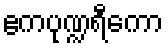
ဧကပုဏ္ဍရီကော